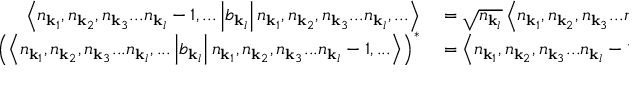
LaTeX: \begin{array} { r l } { \left\langle n _ { \mathbf { k } _ { 1 } } , n _ { \mathbf { k } _ { 2 } } , n _ { \mathbf { k } _ { 3 } } . . . n _ { \mathbf { k } _ { l } } - 1 , . . . \left| b _ { \mathbf { k } _ { l } } \right| n _ { \mathbf { k } _ { 1 } } , n _ { \mathbf { k } _ { 2 } } , n _ { \mathbf { k } _ { 3 } } . . . n _ { \mathbf { k } _ { l } } , . . . \right\rangle } & { { } = { \sqrt { n _ { \mathbf { k } _ { l } } } } \left\langle n _ { \mathbf { k } _ { 1 } } , n _ { \mathbf { k } _ { 2 } } , n _ { \mathbf { k } _ { 3 } } . . . n _ { \mathbf { k } _ { l } } - 1 , . . . | n _ { \mathbf { k } _ { 1 } } , n _ { \mathbf { k } _ { 2 } } , n _ { \mathbf { k } _ { 3 } } . . . n _ { \mathbf { k } _ { l } } - 1 , . . . \right\rangle } \\ { \left( \left\langle n _ { \mathbf { k } _ { 1 } } , n _ { \mathbf { k } _ { 2 } } , n _ { \mathbf { k } _ { 3 } } . . . n _ { \mathbf { k } _ { l } } , . . . \left| b _ { \mathbf { k } _ { l } } \right| n _ { \mathbf { k } _ { 1 } } , n _ { \mathbf { k } _ { 2 } } , n _ { \mathbf { k } _ { 3 } } . . . n _ { \mathbf { k } _ { l } } - 1 , . . . \right\rangle \right) ^ { * } } & { { } = \left\langle n _ { \mathbf { k } _ { 1 } } , n _ { \mathbf { k } _ { 2 } } , n _ { \mathbf { k } _ { 3 } } . . . n _ { \mathbf { k } _ { l } } - 1 . . . \left| b _ { \mathbf { k } _ { l } } ^ { \dagger } \right| n _ { \mathbf { k } _ { 1 } } , n _ { \mathbf { k } _ { 2 } } , n _ { \mathbf { k } _ { 3 } } . . . n _ { \mathbf { k } _ { l } } , . . . \right\rangle } \end{array}